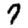
Digit: 7